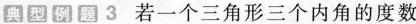
典型例题3 若一个三角形三个内角的度数